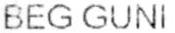
BEG GUNI